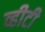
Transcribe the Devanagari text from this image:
व्हीटी